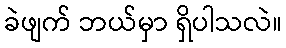
ခဲဖျက် ဘယ်မှာ ရှိပါသလဲ။